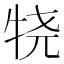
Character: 𰠴